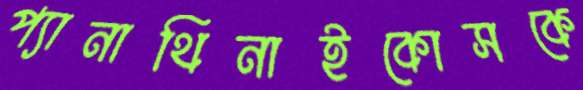
প্যানাথিনাইকোসকে